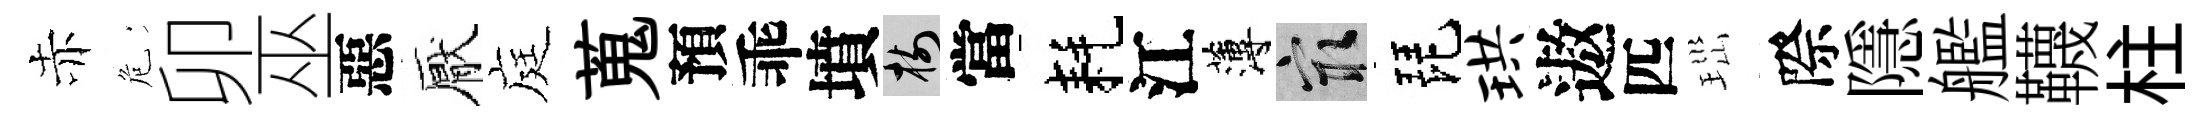
赤危卯巫惡厭庭蒐預乖墳樹當耗江薄冣琵珙遨匹𤤼際隱艦韈柱